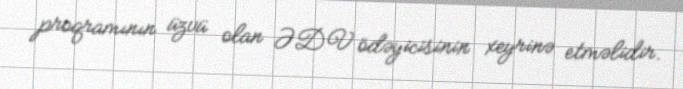
proqramının üzvü olan ƏDV ödəyicisinin xeyrinə etməlidir.